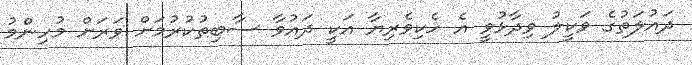
ދައުލަތުގެ ވަކީލު ވިދާޅުވީ އެ ހެކިވެރިޔާ އަކީ ދައުވާ ސާބިތުކުރުމަށް ވަރަށް މުހިންމު